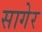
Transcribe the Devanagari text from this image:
सागेर